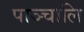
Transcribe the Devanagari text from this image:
पाञ्चालि